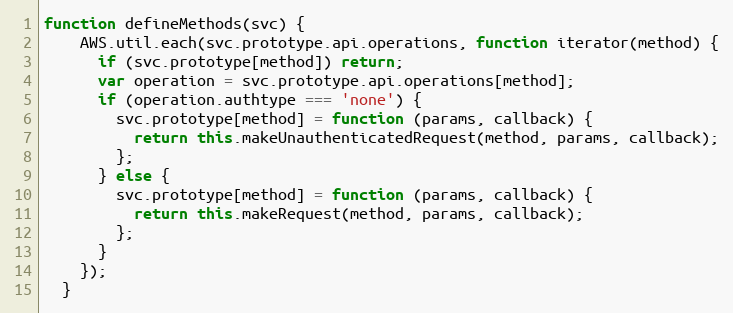
Language: JavaScript
function defineMethods(svc) {
    AWS.util.each(svc.prototype.api.operations, function iterator(method) {
      if (svc.prototype[method]) return;
      var operation = svc.prototype.api.operations[method];
      if (operation.authtype === 'none') {
        svc.prototype[method] = function (params, callback) {
          return this.makeUnauthenticatedRequest(method, params, callback);
        };
      } else {
        svc.prototype[method] = function (params, callback) {
          return this.makeRequest(method, params, callback);
        };
      }
    });
  }